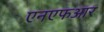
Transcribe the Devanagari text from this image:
एनएफआर